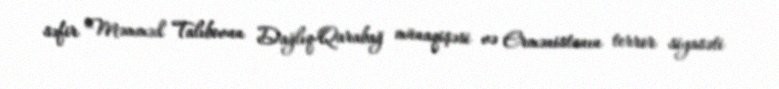
səfir Məmməd Talıbovun Dağlıq-Qarabağ münaqişəsi və Ermənistanın terror siyasəti